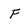
Character: F